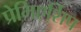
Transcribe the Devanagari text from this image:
प्रेमिएर्शिप